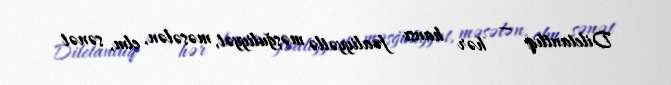
Diletantlıq — hər hansı fəaliyyətlə məşğuliyyət, məsələn, elm, sənət